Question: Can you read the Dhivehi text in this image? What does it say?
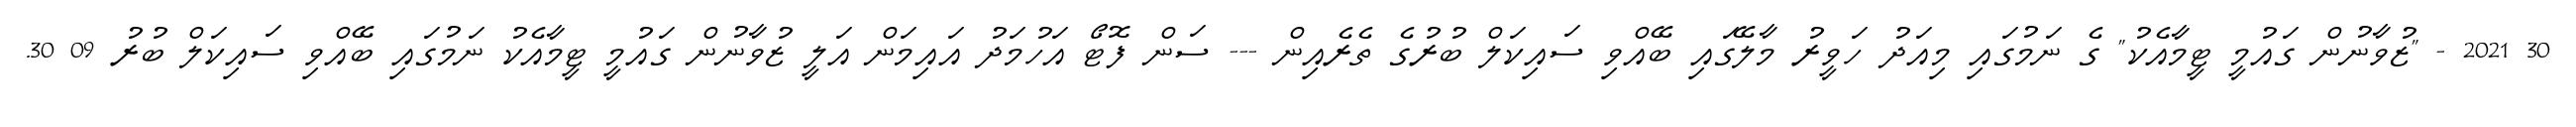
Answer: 30 2021 - "ޒުވާނުން ގައުމީ ޓީމާއެކު" ގެ ނަމުގައި މިއަދު ހަވީރު މާލޭގައި ބޭއްވި ސައިކަލް ބުރުގެ ތެރެއިން --- ސަން ފޮޓޯ އަހުމަދު އައިމަން އަލީ ޒުވާނުން ގައުމީ ޓީމާއެކު ނަމުގައި ބޭއްވި ސައިކަލް ބުރު 09 30.